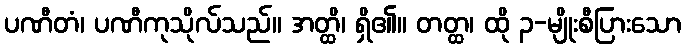
ပဏီတံ၊ ပဏီကုသိုလ်သည်။ အတ္ထိ၊ ရှိ၏။ တတ္ထ၊ ထို ၃-မျိုးစီပြားသော